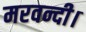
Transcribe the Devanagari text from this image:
मरवन्दी।